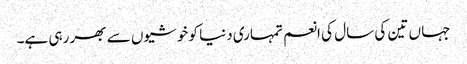
جہا ں تین کی سال کی انعم تمہاری دنیا کو خوشیوں سے بھر رہی ہے۔